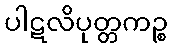
ပါဋလိပုတ္တကဉ္စ